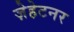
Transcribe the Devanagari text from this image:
ज़ेहेटनर